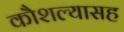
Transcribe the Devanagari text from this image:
कौशल्यासह